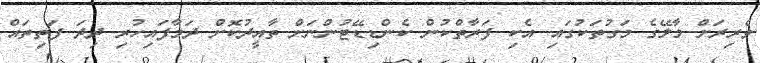
ވެރިރަށް މާލޭގެ މަގުތަކުގައި އެކި ފަރާތްކުން ކެންޑިޑޭޓުންނަށް ތާއީދުކޮށް ދަމާފައިހުރި ދިދަ ފަތިތައް